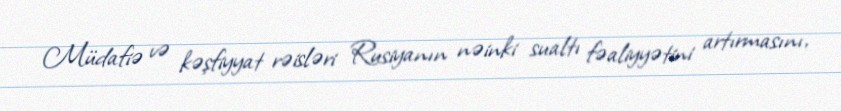
Müdafiə və kəşfiyyat rəisləri Rusiyanın nəinki sualtı fəaliyyətini artırmasını,